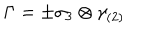
\Gamma = \pm \sigma _ { 3 } \otimes \gamma _ { ( 2 ) }